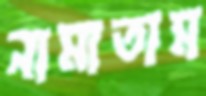
নামাতাম